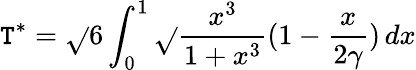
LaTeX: \mathtt{T}^{*}=\sqrt{}{{6}}\int_{0}^{1}\sqrt{}{{\frac{{x^{3}}}{{1+x^{3}}}(1-\frac{{x}}{{2\gamma}})}}\, dx